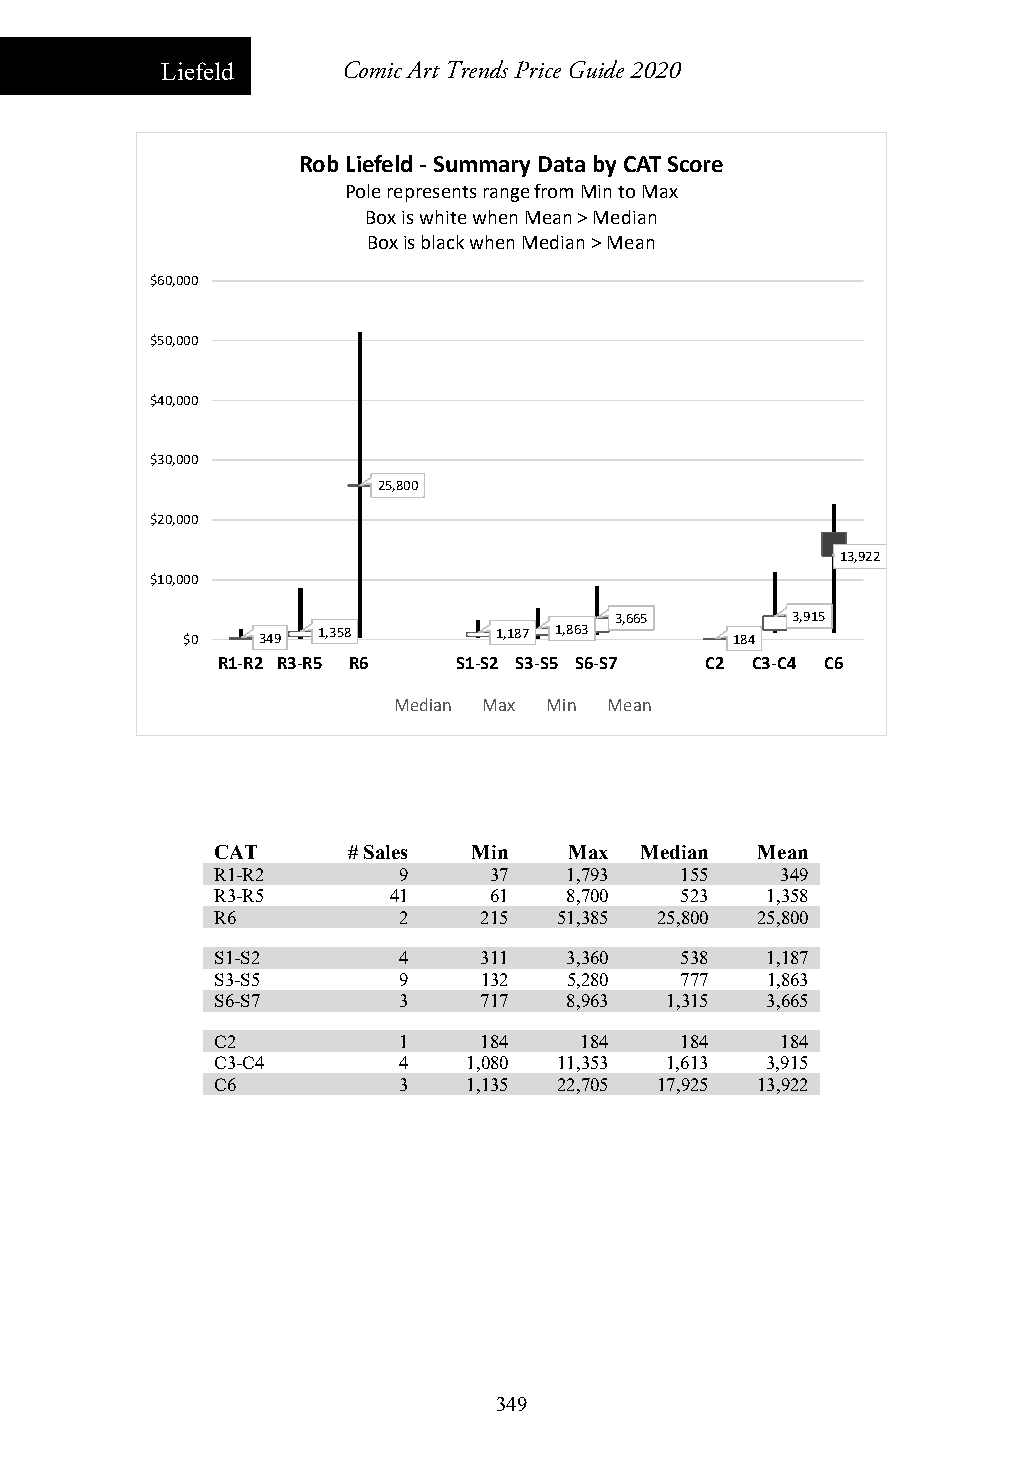
Liefeld     Comic Art Trends Price Guide 2020
 Rob Liefeld ‐Summary Data by CAT Score
 Pole represents range from Min to Max
 Box is white when Mean > Median
 Box is black when Median > Mean
 $60,000
 $50,000
 $40,000
 $30,000
 25,800
 $20,000
 13,922
 $10,000
 3,665      3,915
 $0   349 1,358       1,187 1,863     184
 R1‐R2 R3‐R5 R6  S1‐S2 S3‐S5 S6‐S7 C2 C3‐C4 C6
 Median Max Min Mean
 CAT      # Sales Min    Max Median  Mean
 R1-R2       9     37   1,793   155    349
 R3-R5       41    61    8,700  523   1,358
 R6          2     215  51,385 25,800 25,800
 S1-S2       4     311  3,360   538   1,187
 S3-S5       9     132   5,280  777   1,863
 S6-S7       3     717  8,963  1,315  3,665
 C2          1     184   184    184    184
 C3-C4       4    1,080 11,353 1,613  3,915
 C6          3    1,135 22,705 17,925 13,922
 349